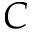
C